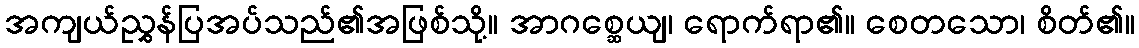
အကျယ်ညွှန်ပြအပ်သည်၏အဖြစ်သို့။ အာဂစ္ဆေယျ၊ ရောက်ရာ၏။ စေတသော၊ စိတ်၏။